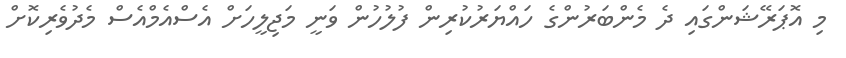
މި އޮޕަރޭޝަންގައި ދެ މެންބަރުންގެ ހައްޔަރުކުރިން ފުލުހުން ވަނީ މަޖިލީހަށް އެސްއެމްއެސް މެދުވެރިކޮށް